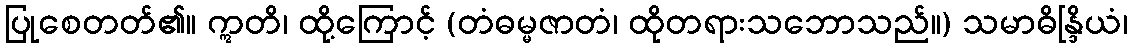
ပြုစေတတ်၏။ ဣတိ၊ ထို့ကြောင့် (တံဓမ္မဇာတံ၊ ထိုတရားသဘောသည်။) သမာဓိန္ဒြိယံ၊